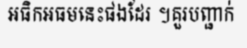
អធិកអធមនេះផងដែរ ។គួរបញ្ជាក់